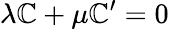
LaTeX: \lambda\mathbb{C}+\mu\mathbb{C}^{\prime}=0